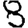
Digit: 8